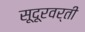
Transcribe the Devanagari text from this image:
सूदूरवर्ती